Leaving Certificate Examination, 1909
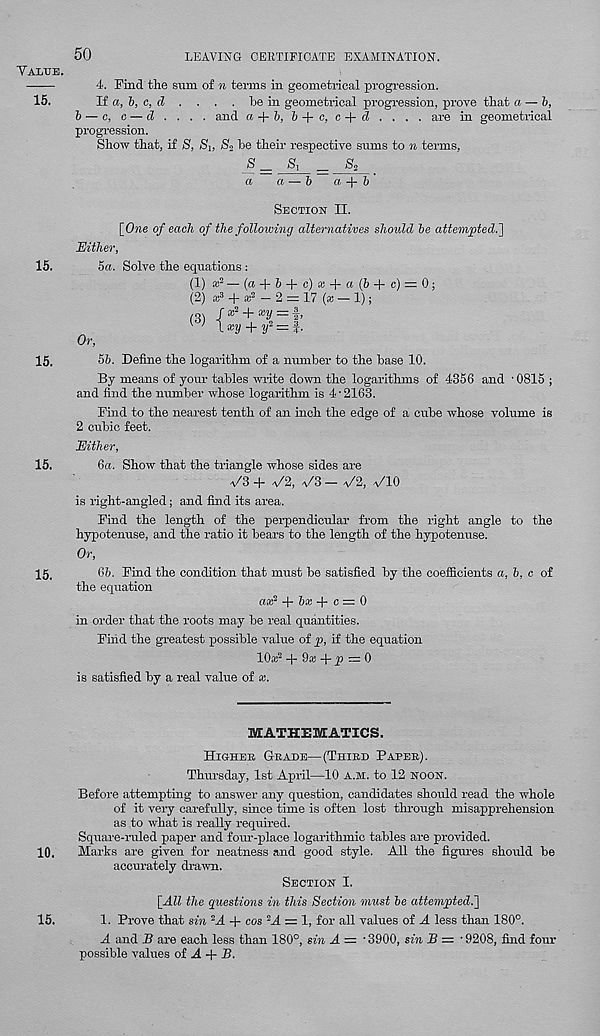
50
LEAVING CERTIFICATE EXAMINATION.
Value.
4. Find the sum of n terms in geometrical progression.
15.
If a, h, c, cZ .... he in geometrical progression, prove that a — b,
b — a, o — cl . . . . and a+b, b+c, c+d . . . . are in geometrical
progression.
Show that, if S, Si, S 2 he their respective sums to n terms,
S = ^ = S 2 _
a
a — b a + b
Section II.
[One of each of the following alternatives should be attempted.']
Either,
15.
5a. Solve the equations :
(1) x 2 — (a + 6 + c) a + a (b + c) = 0;
(2) a; 3 + a: 2 - 2 = 17 (:» — 1);
(3)
+
w l *2/ + 2/' = f •
Or,
15.
5b. Define the logarithm of a number to the base 10.
By means of your tables write down the logarithms of 4356 and -0815 ;
and find the number whose logarithm is 4'2163.
Find to the nearest tenth of an inch the edge of a cube whose volume is
2 cubic feet.
Either,
15.
6a. Show that the triangle whose sides are
a/3 + a/2, a/3 - a/2, a/10
is right-angled; and find its area.
Find the length of the perpendicular from the right angle to the
hypotenuse, and the ratio it bears to the length of the hypotenuse.
Or,
15.
6b. Find the condition that must be satisfied by the coefficients a, b, c of
the equation
ax? + b* + c = 0
in order that the roots may be real quantities.
Find the greatest possible value of p, if the equation
lOar + 9ai + P = 0
is satisfied by a real value of x.
MATHEMATICS.
Highek Geade—(Third Paper) .
Thursday, 1st April—10 A.M. to 12 NOON.
Before attempting to answer any question, candidates should read the whole
of it very carefully, since time is often lost through misapprehension
as to what is really required.
Square-ruled paper and four-place logarithmic tables are provided.
10. Marks are given for neatness and good style. All the figures should be
accurately drawn.
Section I.
[All the questions in this Section must be attempted.]
15.
1. Prove that sin 2 A + cos 2 A = 1, for all values of A less than 180°.
A and B are each less than 180°, sin A — '3900, sin B — ’9208, find four
possible values oi A + B.